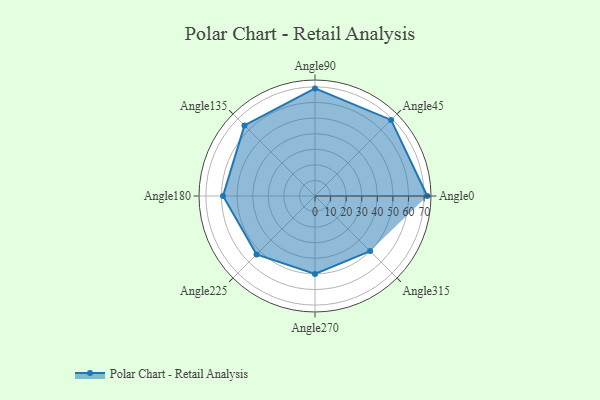
{"axis": {"x": "Angle", "y": "Radius"}, "legend": [""], "data": [{"x": "Angle0", "y": 72.0, "type": ""}, {"x": "Angle45", "y": 69.0, "type": ""}, {"x": "Angle90", "y": 69.0, "type": ""}, {"x": "Angle135", "y": 64.0, "type": ""}, {"x": "Angle180", "y": 59.0, "type": ""}, {"x": "Angle225", "y": 53.0, "type": ""}, {"x": "Angle270", "y": 50, "type": ""}, {"x": "Angle315", "y": 50, "type": ""}]}